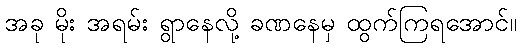
အခု မိုး အရမ်း ရွာနေလို့ ခဏနေမှ ထွက်ကြရအောင်။